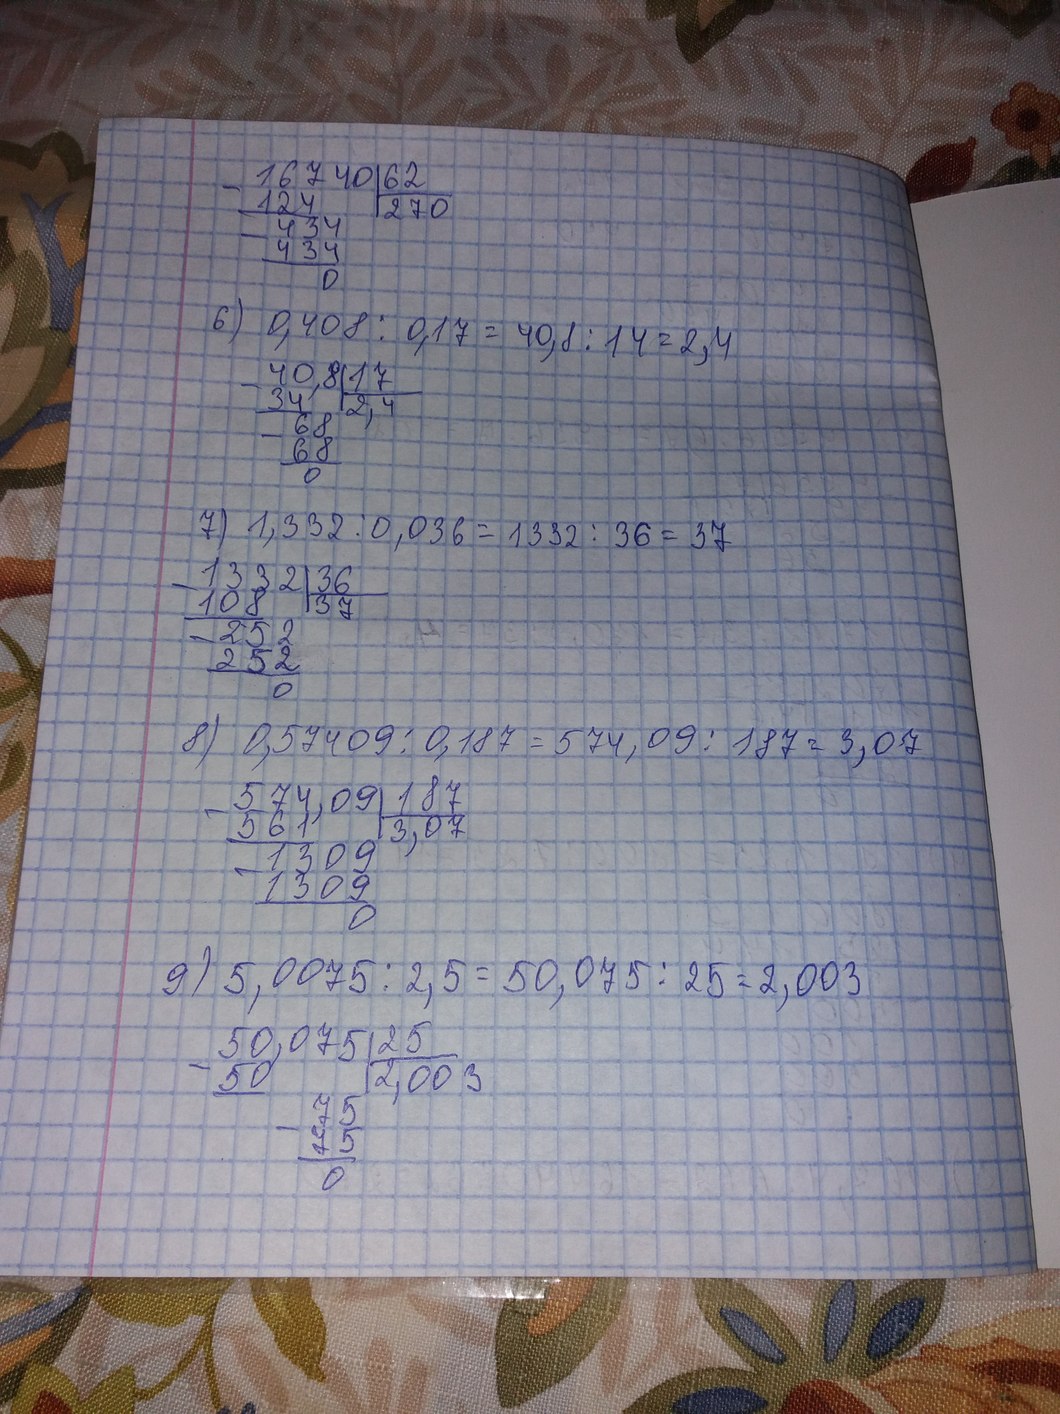
16740 | 62
124 | 270
434
434
0
6) 0,408 / 0,17 = 40,8 / 17 = 2,4
40,8 | 17
34 | 2,4
68
68
0
7) 1,332 / 0,036 = 1332 / 36 = 37
1332 | 36
108 | 37
252
252
0
8) 0,57409 / 0,187 = 574,09 : 187 = 3,07
574,09 | 187
561 | 3, 07
1309
1309
0
9) 5,0075 / 2,5 = 50,075 / 25 = 2,003
50,075 | 25
50 | 2,003
75
75
0